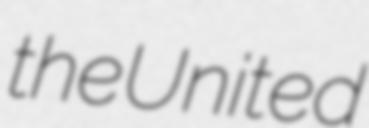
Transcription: the United